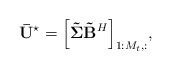
LaTeX: \begin{align*} {\bf{\bar U}}^{\star} = {\left[ {{\bf{\tilde \Sigma }}{{\bf{\tilde B}}^H}} \right]_{1:{M_t},:}}, \end{align*}